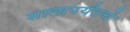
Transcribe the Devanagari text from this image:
सालापर्यंतचे